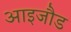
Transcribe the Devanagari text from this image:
आइजौड